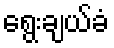
ရွေးချယ်ခံ